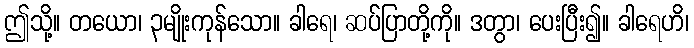
ဤသို့။ တယော၊ ၃မျိုးကုန်သော။ ခါရေ၊ ဆပ်ပြာတို့ကို။ ဒတွာ၊ ပေးပြီး၍။ ခါရေဟိ၊